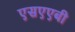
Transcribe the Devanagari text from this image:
एसएएबी